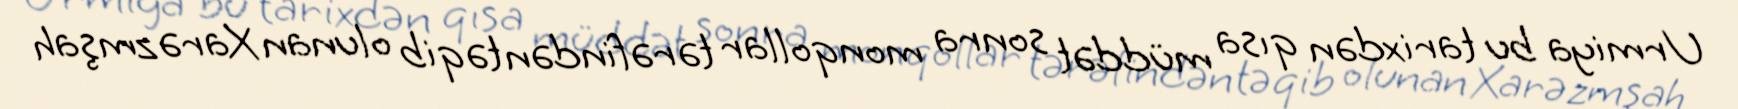
Urmiya bu tarixdən qısa müddət sonra monqollar tərəfindən təqib olunan Xarəzmşah